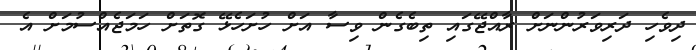
ދިވެހި ދަރިވަރުންނަށް ރާއްޖޭގައި ތިބެގެން ވިސާ އަށް ހުށަހެޅޭ ގޮތަށް ހަމަޖެއްސުމަށް އެ